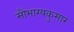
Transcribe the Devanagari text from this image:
सौभाग्यकुमार